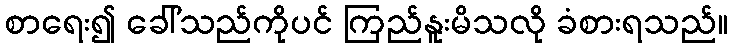
စာရေး၍ ခေါ်သည်ကိုပင် ကြည်နူးမိသလို ခံစားရသည်။